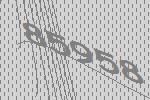
85958